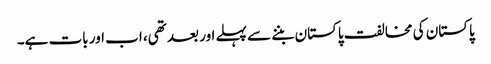
پاکستان کی مخالفت پاکستان بننے سے پہلے اور بعد تھی، اب اور بات ہے۔